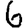
Digit: 6